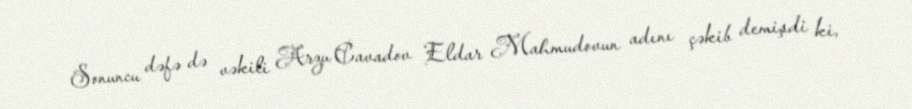
Sonuncu dəfə də vəkili Arzu Cavadov Eldar Mahmudovun adını çəkib demişdi ki,